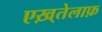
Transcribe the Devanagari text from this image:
एख़्तेलाफ़